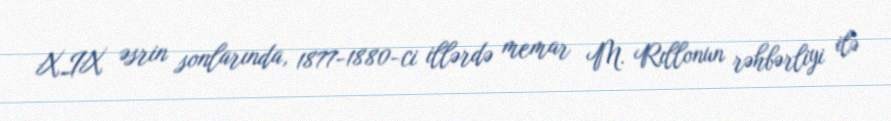
XIX əsrin sonlarında, 1877-1880-ci illərdə memar M. Rıllonun rəhbərliyi ilə